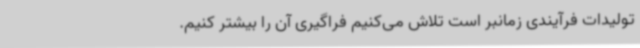
تولیدات فرآیندی زمانبر است تلاش می‌کنیم فراگیری آن را بیشتر کنیم.